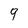
Character: 9